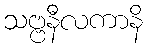
သဗ္ဗနီလကာနိ